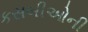
કસબીઓની